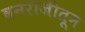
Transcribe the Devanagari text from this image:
वनराजीतून